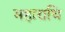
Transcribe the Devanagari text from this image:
महाराधि